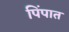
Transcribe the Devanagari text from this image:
पिंपात